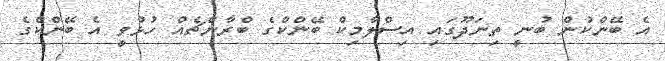
އެ ބޭންކުން ބުނީ ތިނަދޫގައި އިސްލާމިކް ބޭންކްގެ ބްރާންޗެއް ހުޅުވީ އެ ބޭންކްގެ